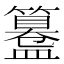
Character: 𥶊